Statistics compiled by the Government of India from the reports of provincial Civil Veterinary Departments
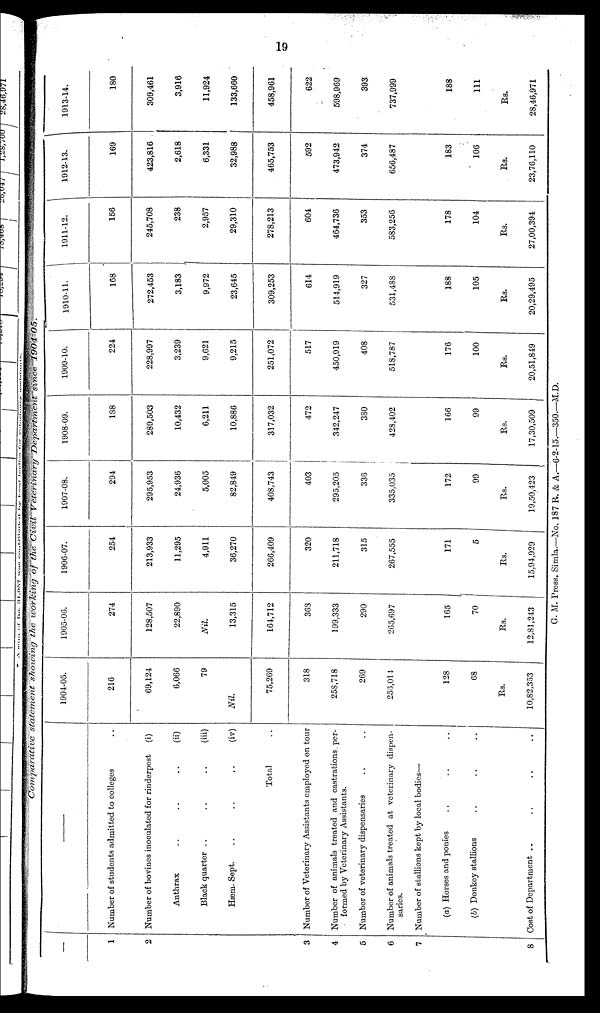
19
Comparative
statement showing the working of the Civil Veterinary
Department
since
1904-05.
—
1
2
3
4
5
6
7
8
—
Number of students admitted to colleges
Number of bovines inoculated for rinderpest
(i)
Anthrax
..
..
..
(ii)
Black quarter ..
..
..
(iii)
Hæm. Sept.
..
..
..
(iv)
Total ..
Number of Veterinary Assistants employed on tour
Number of animals treated and castrations per-
formed by Veterinary Assistants.
Number of veterinary dispensaries .. ..
Number of animals treated at veterinary dispen-
saries.
Number of stallions kept by local bodies—
(a) Horses and ponies .. .. ..
(b) Donkey stallions .. .. ..
Cost of Department .. .. .. ..
1904-05.
216
69,124
6,066
79
Nil.
75,269
318
258,718
269
256,014
128
68
Rs.
10,82,353
1905-06.
274
128,507
22,890
Nil.
13,315
164,712
368
199,333
290
265,697
165
70
Rs.
12,81,243
1906-07.
254
213,933
11,295
4,911
36,270
266,409
320
211,718
315
267,555
171
5
Rs.
15,94,929
1907-08.
294
295,953
24,936
5,005
82,849
408,743
403
295,205
336
335,035
172
99
Rs.
19,50,423
1908-09.
188
289,503
10,432
6,211
10,886
317,032
472
342,247
380
428,402
166
99
Rs.
17,30,509
1909-10.
224
228,997
3,239
9,621
9,215
251,072
517
450,919
408
518,787
176
100
Rs.
20,51,849
1910-11.
168
272,453
3,183
9,972
23,645
309,253
614
514,919
327
531,488
188
105
Rs.
20,29,495
1911-12.
156
245,708
238
2,957
29,310
278,213
604
464,736
353
583,256
178
104
Rs.
27,00,394
1912-13.
169
423,816
2,618
6,331
32,988
465,753
592
473,942
374
656,487
183
106
Rs.
23,76,110
1913-14.
180
309,461
3,916
11,924
133,660
458,961
622
598,969
393
737,999
188
111
Rs.
28,46,971
G. M. Press, Simla.—No. 187 R. & A.—6-2-15.—350—M.D.